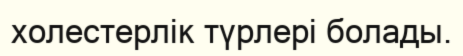
холестерлік түрлері болады.